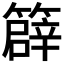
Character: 𥴬